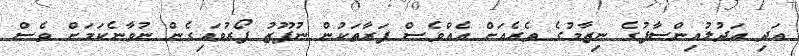
އަދި އަދުލުއިންސާފުގެ ނިޒާމުގެ ތެރެއަށް އެއްވެސް ފަރާތަކުން ނުފޫޒު ފޯރުވައިގެން ނުވާނެކަމަށް ވެސް